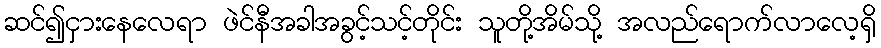
ဆင်၍ငှားနေလေရာ ဖဲင်နီအခါအခွင့်သင့်တိုင်း သူတို့အိမ်သို့ အလည်ရောက်လာလေ့ရှိ